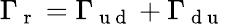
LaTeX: \Gamma_{\mathrm{~r~}}=\Gamma_{\mathrm{~u~d~}}+\Gamma_{\mathrm{~d~u~}}